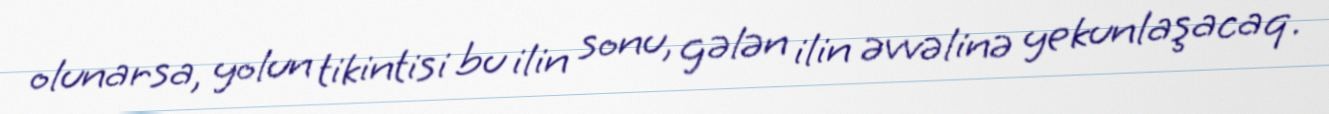
olunarsa, yolun tikintisi bu ilin sonu, gələn ilin əvvəlinə yekunlaşacaq.